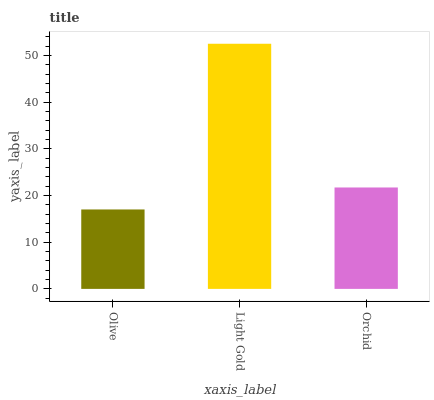
| xaxis_label | bars |
 | --- | --- |
 | Olive | 17 |
 | Light Gold | 52.5 |
 | Orchid | 21.7 |